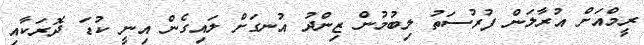
ރީމްއަށް އުރާލަން ފުރުސަތު ލިބުމުން ޒިންދު އުނގަށް ލައިގެން އިނީ ކުޑަ ދޮރަކާއި